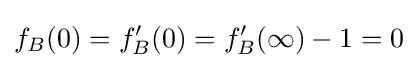
f_{B}(0)=f_{B}'(0)=f_{B}'(\infty )-1=0